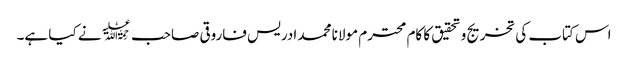
اس کتاب کی تخریج وتحقیق کا کام محترم مولانا محمد ادریس فاروقی صاحب ﷫نے کیا ہے۔